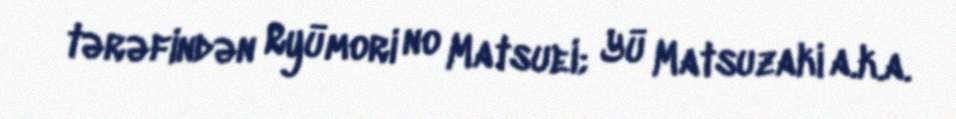
tərəfindən Ryūmori no Matsuei; Yū Matsuzaki a.k.a.